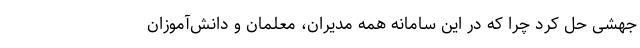
جهشی حل کرد چرا که در این سامانه همه مدیران، معلمان و دانش‌آموزان